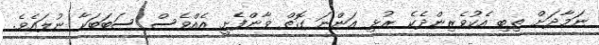
ނަމާދަށް ތިބި އެކުވެރިންދެކެ ރުޅި އަންނަ ގޮތް ވާންފެށީ އެއްވެސް ސަބަބަކާ ނުލައެވެ.